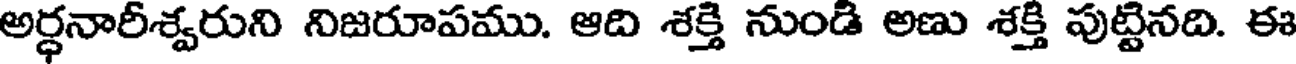
అర్ధనారీశ్వరుని నిజరూపము. ఆది శక్తి నుండి అణు శక్తి పుట్టినది. ఈ